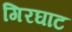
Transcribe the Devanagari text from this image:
गिरघाट